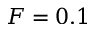
F = 0 . 1